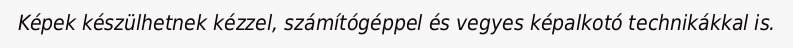
Képek készülhetnek kézzel, számítógéppel és vegyes képalkotó technikákkal is.